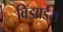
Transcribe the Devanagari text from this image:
विझार्ड्‌स